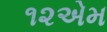
૧૨એમ